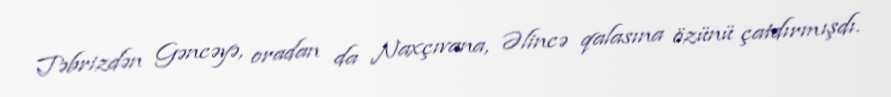
Təbrizdən Gəncəyə, oradan da Naxçıvana, Əlincə qalasına özünü çatdırmışdı.